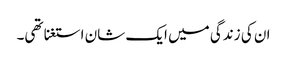
ان کی زندگی میں ایک شان استغنا تھی۔